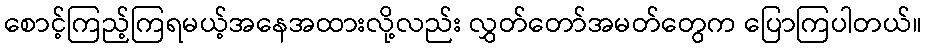
စောင့်ကြည့်ကြရမယ့်အနေအထားလို့လည်း လွှတ်တော်အမတ်တွေက ပြောကြပါတယ်။